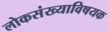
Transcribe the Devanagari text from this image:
लोकसंख्याविषयक